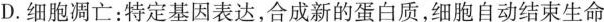
D.细胞凋亡：特定基因表达，合成新的蛋白质，细胞自动结束生命